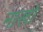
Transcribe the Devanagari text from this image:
नाखो